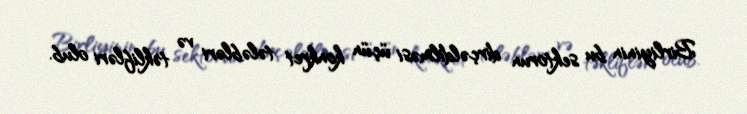
Birliyinin bu sektorun dirçəldilməsi üçün konkret tələbləri və təklifləri olub.